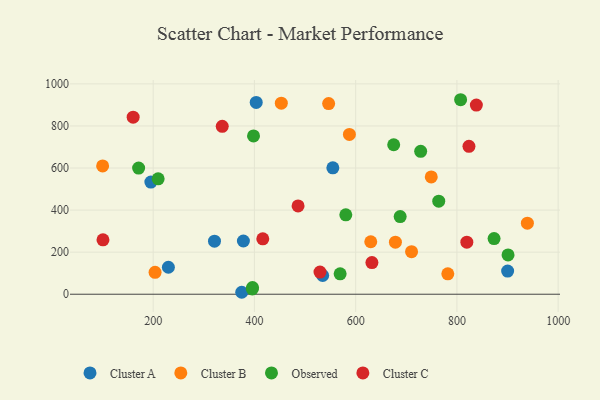
{"axis": {"x": "Experience", "y": "Salary"}, "legend": ["Cluster A", "Cluster B", "Cluster C", "Observed"], "data": [{"x": "374.9", "y": 9.3, "type": "Cluster A"}, {"x": "378.2", "y": 253.0, "type": "Cluster A"}, {"x": "534.8", "y": 89.0, "type": "Cluster A"}, {"x": "195.4", "y": 533.3, "type": "Cluster A"}, {"x": "321.1", "y": 252.3, "type": "Cluster A"}, {"x": "403.5", "y": 912.0, "type": "Cluster A"}, {"x": "554.9", "y": 600.9, "type": "Cluster A"}, {"x": "230.0", "y": 128.2, "type": "Cluster A"}, {"x": "900.2", "y": 110.1, "type": "Cluster A"}, {"x": "629.8", "y": 249.5, "type": "Cluster B"}, {"x": "939.2", "y": 338.0, "type": "Cluster B"}, {"x": "710.4", "y": 202.5, "type": "Cluster B"}, {"x": "546.6", "y": 906.4, "type": "Cluster B"}, {"x": "587.6", "y": 759.9, "type": "Cluster B"}, {"x": "203.7", "y": 104.0, "type": "Cluster B"}, {"x": "678.5", "y": 247.4, "type": "Cluster B"}, {"x": "100.1", "y": 610.2, "type": "Cluster B"}, {"x": "782.0", "y": 96.8, "type": "Cluster B"}, {"x": "453.1", "y": 908.4, "type": "Cluster B"}, {"x": "749.3", "y": 557.6, "type": "Cluster B"}, {"x": "901.0", "y": 187.1, "type": "Observed"}, {"x": "569.3", "y": 96.8, "type": "Observed"}, {"x": "728.4", "y": 679.5, "type": "Observed"}, {"x": "580.5", "y": 377.7, "type": "Observed"}, {"x": "209.8", "y": 548.6, "type": "Observed"}, {"x": "687.9", "y": 369.0, "type": "Observed"}, {"x": "396.2", "y": 31.5, "type": "Observed"}, {"x": "171.2", "y": 599.8, "type": "Observed"}, {"x": "675.1", "y": 710.7, "type": "Observed"}, {"x": "807.3", "y": 924.7, "type": "Observed"}, {"x": "398.2", "y": 752.8, "type": "Observed"}, {"x": "873.4", "y": 264.8, "type": "Observed"}, {"x": "764.1", "y": 442.4, "type": "Observed"}, {"x": "395.8", "y": 24.9, "type": "Observed"}, {"x": "632.1", "y": 150.6, "type": "Cluster C"}, {"x": "416.5", "y": 263.2, "type": "Cluster C"}, {"x": "336.4", "y": 798.2, "type": "Cluster C"}, {"x": "486.2", "y": 419.6, "type": "Cluster C"}, {"x": "838.4", "y": 899.3, "type": "Cluster C"}, {"x": "529.5", "y": 105.3, "type": "Cluster C"}, {"x": "100.8", "y": 258.7, "type": "Cluster C"}, {"x": "819.6", "y": 247.7, "type": "Cluster C"}, {"x": "823.8", "y": 703.1, "type": "Cluster C"}, {"x": "160.4", "y": 841.9, "type": "Cluster C"}]}